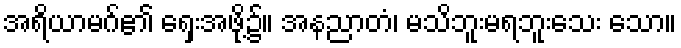
အရိယာမဂ်၏ ရှေးအဖို့၌။ အနညာတံ၊ မသိဘူးမရဘူးသေး သော။